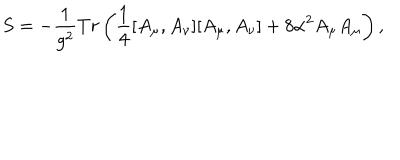
S = - \frac { 1 } { g ^ { 2 } } T r \left( \frac { 1 } { 4 } [ A _ { \mu } , A _ { \nu } ] [ A _ { \mu } , A _ { \nu } ] + 8 \alpha ^ { 2 } A _ { \mu } A _ { \mu } \right) ,